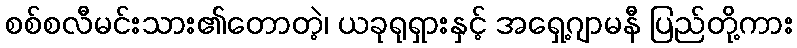
စစ်စလီမင်းသား၏တောတဲ့၊ ယခုရုရှားနှင့် အရှေ့ဂျာမနီ ပြည်တို့ကား